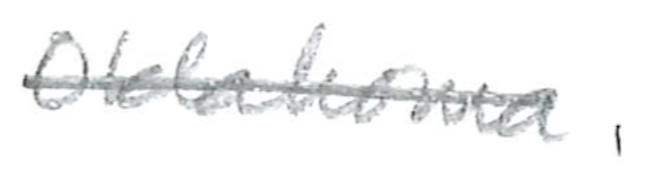
Text: Oklahoma.
Cross-out: single-line
Writing tool: pencil